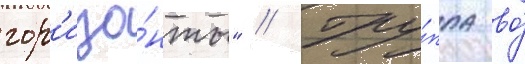
гор'изо́нты" // Гру́ппа во́